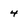
Character: 4